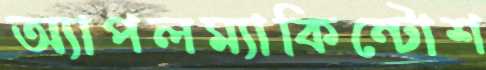
অ্যাপলম্যাকিন্টোশ